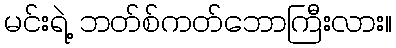
မင်းရဲ့ ဘတ်စ်ကတ်ဘောကြီးလား။